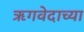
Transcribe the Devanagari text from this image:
ऋगवेदाच्या